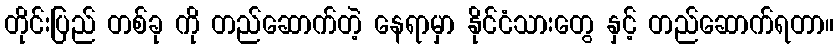
တိုင်းပြည် တစ်ခု ကို တည်ဆောက်တဲ့ နေရာမှာ နိုင်ငံသားတွေ နှင့် တည်ဆောက်ရတာ။